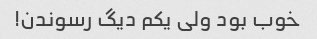
خوب بود ولی یکم دیگ رسوندن!